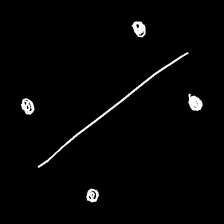
Glyph: cool